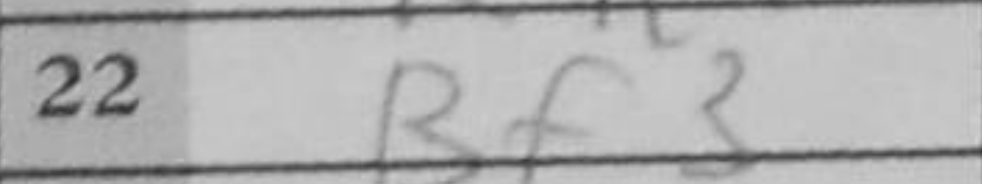
Transcription: Bf3